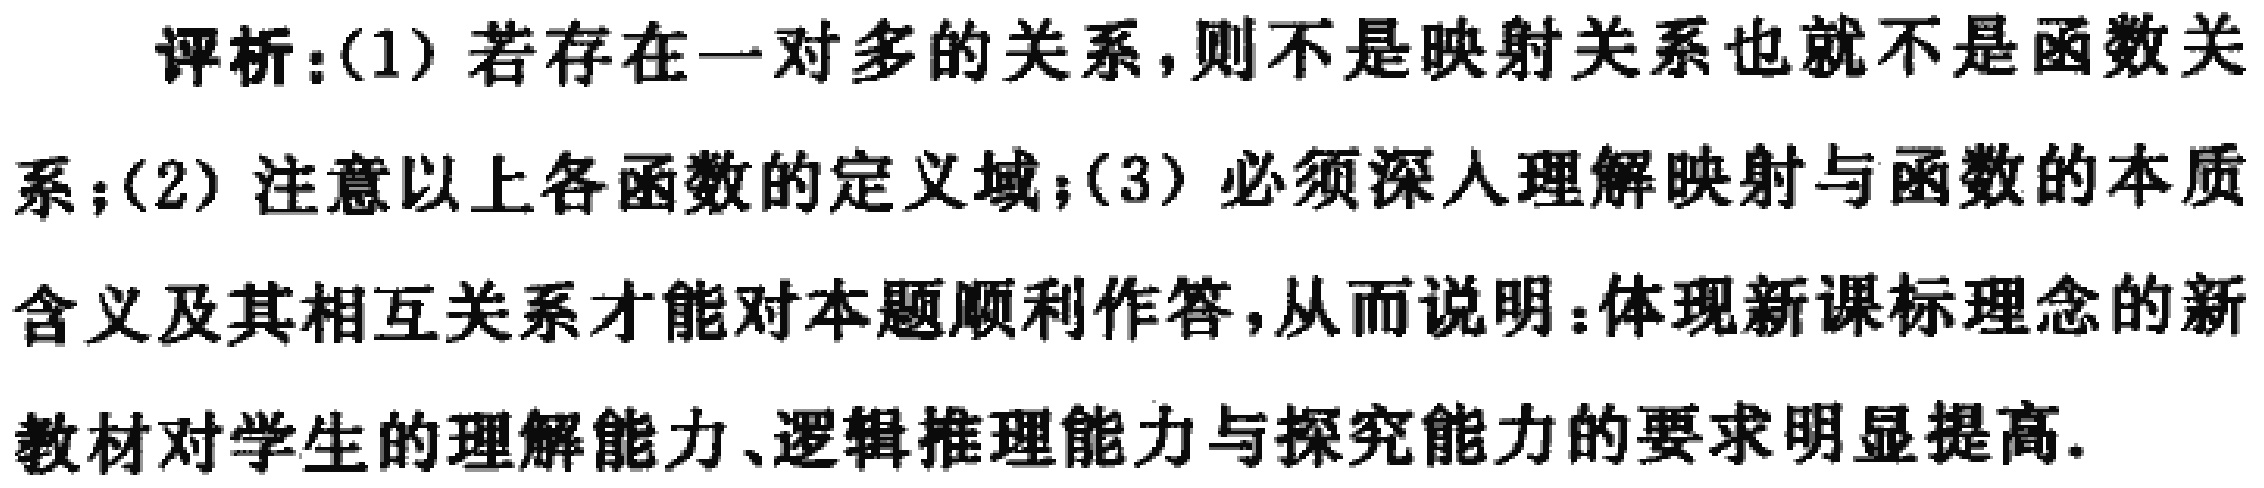
评析：(1) 若存在一对多的关系，则不是映射关系也就不是函数关系；(2) 注意以上各函数的定义域；(3) 必须深入理解映射与函数的本质含义及其相互关系才能对本题顺利作答，从而说明：体现新课标理念的新教材对学生的理解能力、逻辑推理能力与探究能力的要求明显提高.